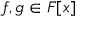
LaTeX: f , g \in F [ x ]